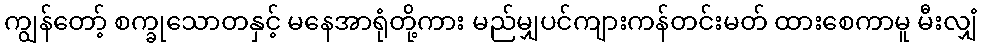
ကျွန်တော့် စက္ခုသောတနှင့် မနေအာရုံတို့ကား မည်မျှပင်ကျားကန်တင်းမတ် ထားစေကာမူ မီးလျှံ